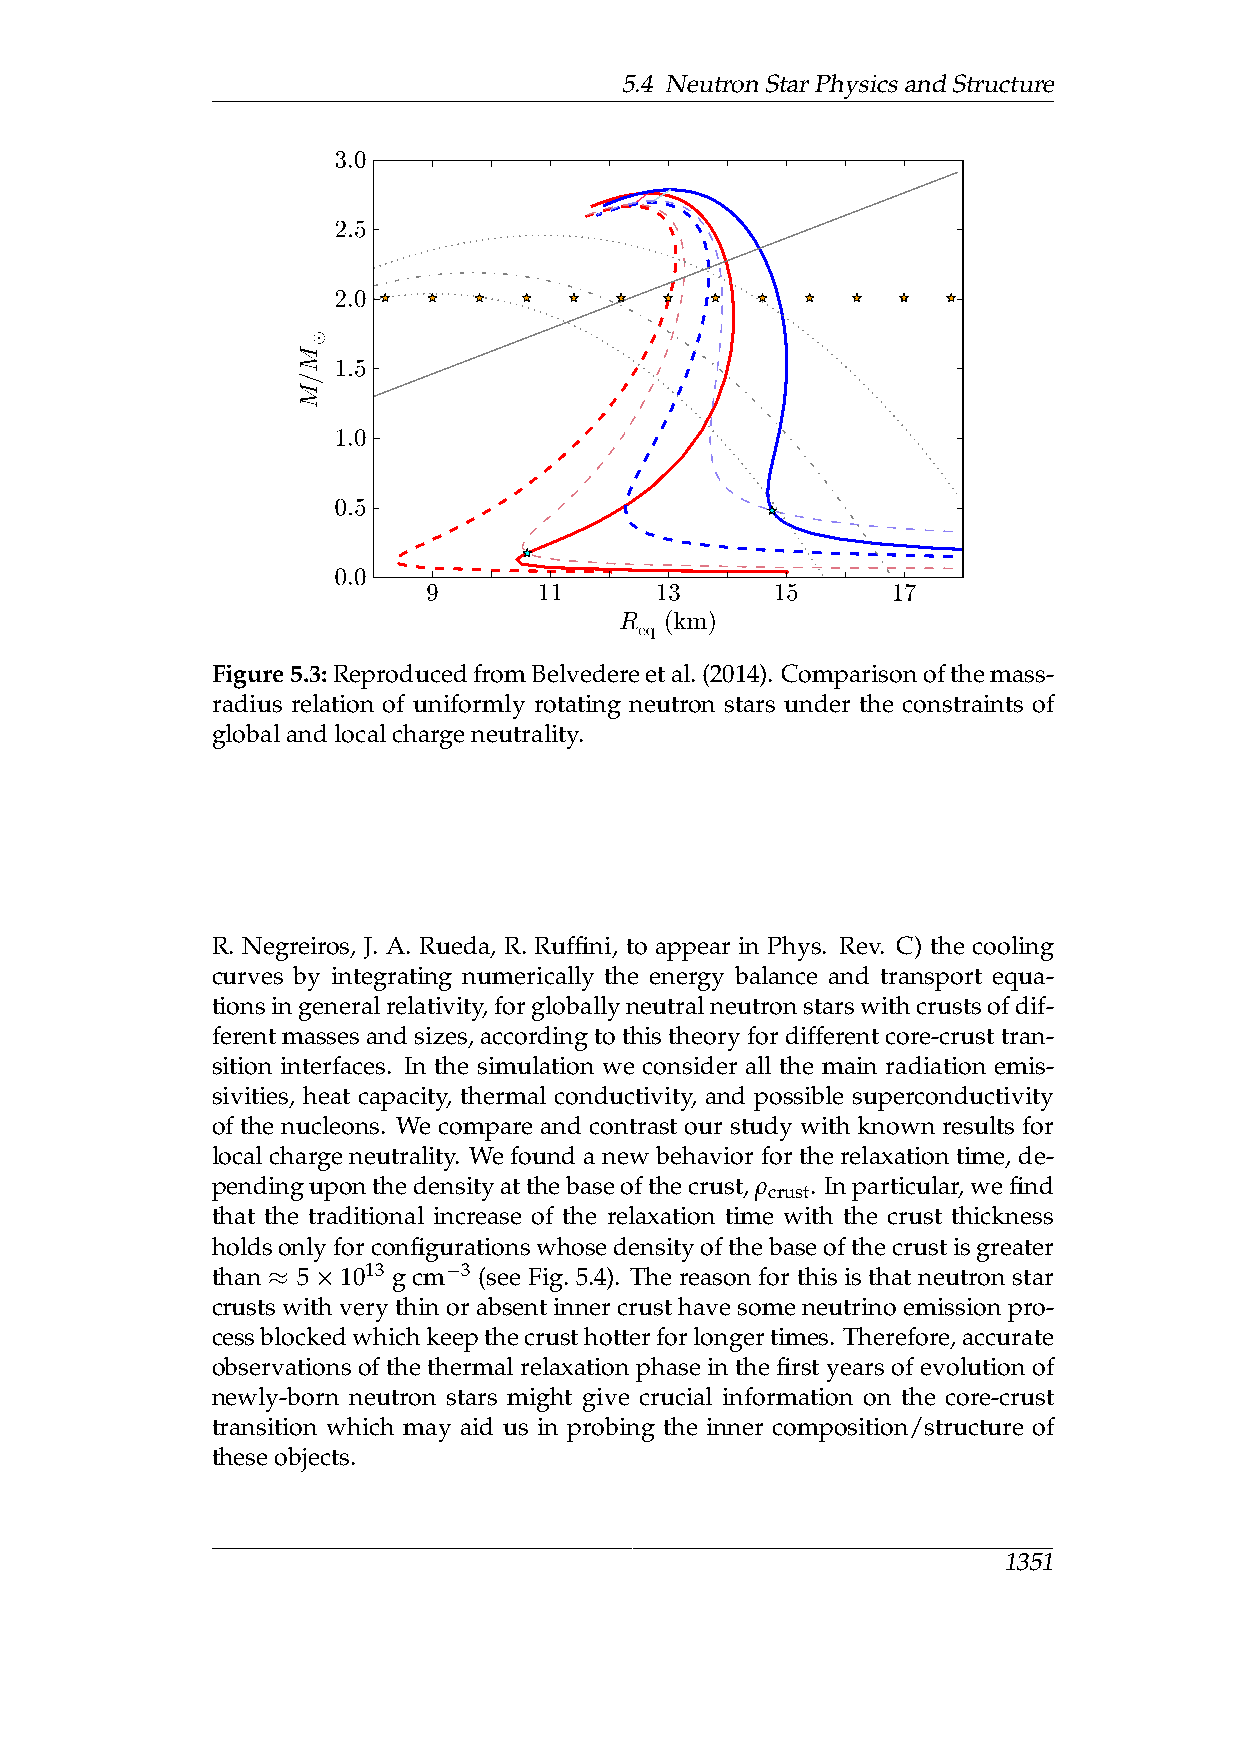
5.4 NeutronStarPhysicsandStructure
 3.0
 2.5
 2.0
 1.5
 1.0
 0.5
 0.0
 9       11     13      15      17
 R  (km)
 eq
 Figure5.3:ReproducedfromBelvedereetal.(2014). Comparisonofthemass-
 radius relation of uniformly rotating neutron stars under the constraints of
 globalandlocalchargeneutrality.
 R. Negreiros, J. A. Rueda, R. Ruffini, to appear in Phys. Rev. C) the cooling
 curves by integrating numerically the energy balance and transport equa-
 tionsingeneralrelativity,forgloballyneutralneutronstarswithcrustsofdif-
 ferentmassesandsizes,accordingtothistheoryfordifferentcore-crusttran-
 sition interfaces. In the simulation we consider all the main radiation emis-
 sivities, heat capacity, thermal conductivity, and possible superconductivity
 of the nucleons. We compare and contrast our study with known results for
 local charge neutrality. We found a new behavior for the relaxation time, de-
 pendinguponthedensityatthebaseofthecrust,ρ . Inparticular,wefind
 crust
 that the traditional increase of the relaxation time with the crust thickness
 holdsonlyforconfigurationswhosedensityofthebaseofthecrustisgreater
 than  5  1013 g cm 3 (see Fig. 5.4). The reason for this is that neutron star
 −
 ≈  ×
 crusts with very thin or absent inner crust have some neutrino emission pro-
 cessblockedwhichkeepthecrusthotterforlongertimes. Therefore,accurate
 observations of the thermal relaxation phase in the first years of evolution of
 newly-born neutron stars might give crucial information on the core-crust
 transition which may aid us in probing the inner composition/structure of
 theseobjects.
 1351
 M/M
 ⊙